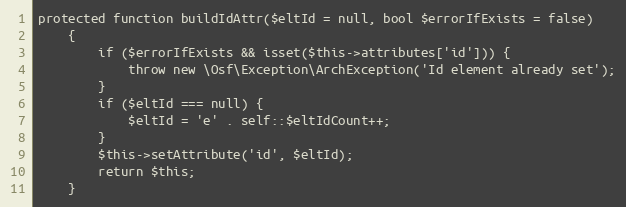
Language: PHP
protected function buildIdAttr($eltId = null, bool $errorIfExists = false)
    {
        if ($errorIfExists && isset($this->attributes['id'])) {
            throw new \Osf\Exception\ArchException('Id element already set');
        }
        if ($eltId === null) {
            $eltId = 'e' . self::$eltIdCount++;
        }
        $this->setAttribute('id', $eltId);
        return $this;
    }